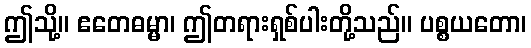
ဤသို့။ ဧတေဓမ္မာ၊ ဤတရားရှစ်ပါးတို့သည်။ ပစ္စယတော၊